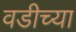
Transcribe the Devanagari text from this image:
वडीच्या